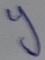
Text: y